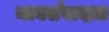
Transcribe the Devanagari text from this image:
मार्क्सवादात